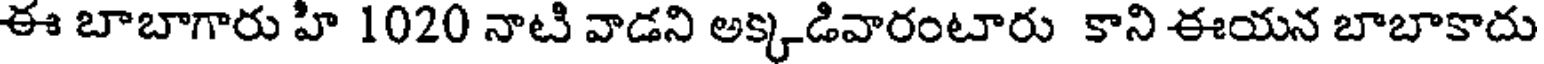
ఈ బాబాగారు హి 1020 నాటి వాడని అక్కడివారంటారు కాని ఈయన బాబాకాదు